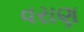
વરાણ